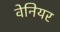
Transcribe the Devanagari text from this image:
वेनियर